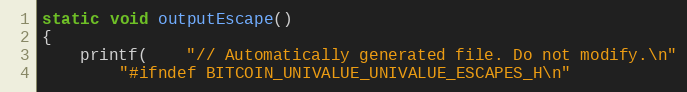
Language: C++
static void outputEscape()
{
	printf(	"// Automatically generated file. Do not modify.\n"
		"#ifndef BITCOIN_UNIVALUE_UNIVALUE_ESCAPES_H\n"